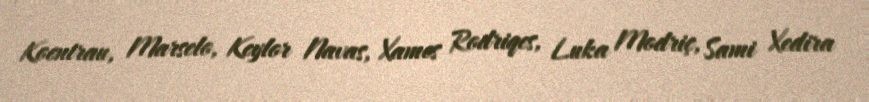
Koentrau, Marselo, Keylor Navas, Xames Rodriqes, Luka Modriç, Sami Xedira